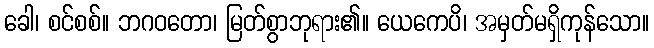
ခေါ၊ စင်စစ်။ ဘဂဝတော၊ မြတ်စွာဘုရား၏။ ယေကေပိ၊ အမှတ်မရှိကုန်သော။